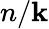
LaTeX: n/\mathbf{k}